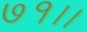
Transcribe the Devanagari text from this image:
७१।।